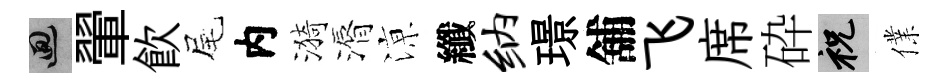
回翬飮尾内漪漘鿌纖纳璟舖飞席砕祝㒒